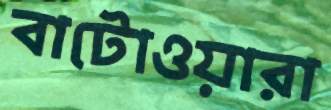
বাটোওয়ারা